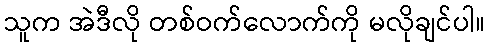
သူက အဲဒီလို တစ်ဝက်လောက်ကို မလိုချင်ပါ။